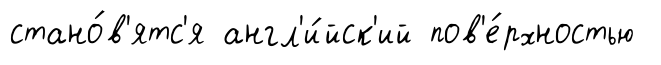
стано́в'ятс'я англ'и́йск'ий пов'е́рхностью